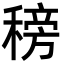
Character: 䅭